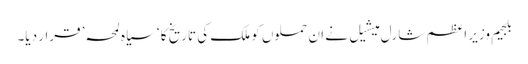
بلجیم وزیرِ اعظم شارل میشیل نے ان حملوں کو ملک کی تاریخ کا ‘سیاہ لمحہ’ قرار دیا۔